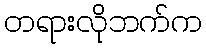
တရားလိုဘက်က